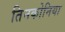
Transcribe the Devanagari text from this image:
तिनकोनिया